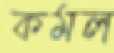
কমল